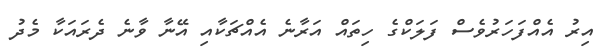
އިރު އެއްފަހަރުވެސް ފަލަކްގެ ހިތައް އަރާނެ އެއްޗަކާއި އޭނާ ވާނެ ދެރައަކާ މެދު